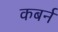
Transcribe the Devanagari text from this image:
कबर्न